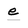
Character: e